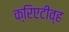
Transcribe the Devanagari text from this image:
क्रिएटीव्ह